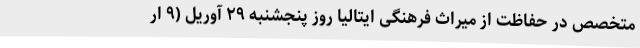
متخصص در حفاظت از میراث فرهنگی ایتالیا روز پنجشنبه ۲۹ آوریل (۹ ار